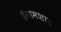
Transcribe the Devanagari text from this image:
ईमामशाह